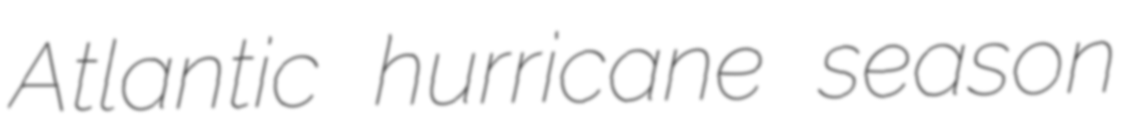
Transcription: Atlantic hurricane season